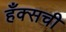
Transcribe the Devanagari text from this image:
हँक्सची